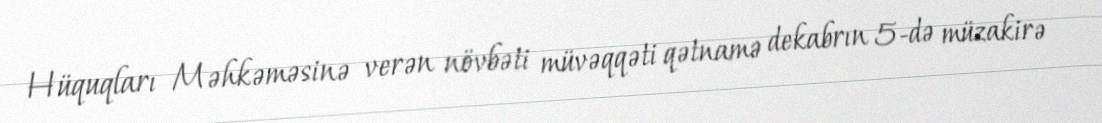
Hüquqları Məhkəməsinə verən növbəti müvəqqəti qətnamə dekabrın 5-də müzakirə